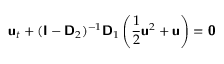
\mathbf { \boldsymbol { \mathsf { u } } } _ { t } + ( \mathbf { \boldsymbol { \mathsf { I } } } - \mathbf { \boldsymbol { \mathsf { D } } } _ { 2 } ) ^ { - 1 } \mathbf { \boldsymbol { \mathsf { D } } } _ { 1 } \left( \frac { 1 } { 2 } \mathbf { \boldsymbol { \mathsf { u } } } ^ { 2 } + \mathbf { \boldsymbol { \mathsf { u } } } \right) = \mathbf { \boldsymbol { \mathsf { 0 } } }